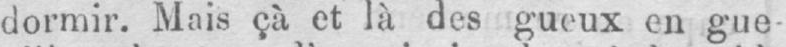
dormir. Mais çà et là des gueux en gue-